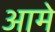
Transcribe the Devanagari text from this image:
आमे